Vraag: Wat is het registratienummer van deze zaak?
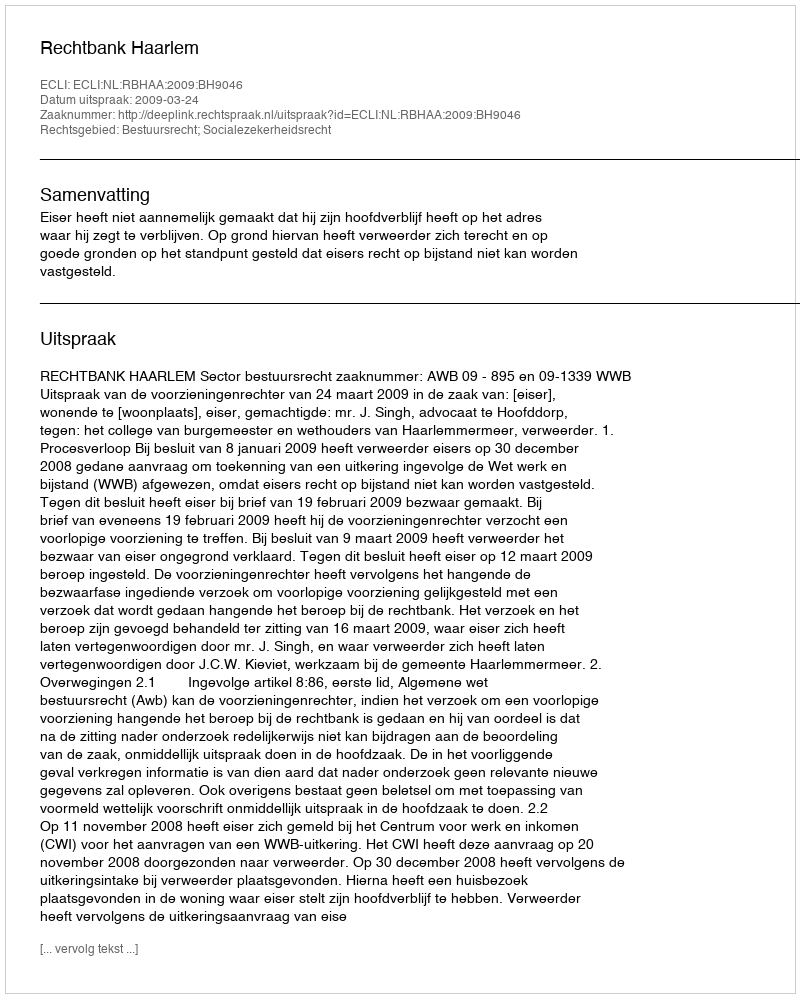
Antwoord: http://deeplink.rechtspraak.nl/uitspraak?id=ECLI:NL:RBHAA:2009:BH9046